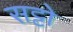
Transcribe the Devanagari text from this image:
सट्टो